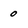
Character: 0